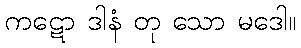
ကဋော ဒါနံ တု သော မဒေါ။